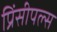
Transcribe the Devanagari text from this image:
प्रिंसीपल्स